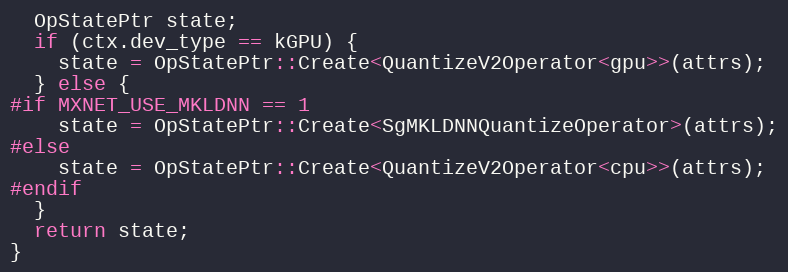
Language: C++
  OpStatePtr state;
  if (ctx.dev_type == kGPU) {
    state = OpStatePtr::Create<QuantizeV2Operator<gpu>>(attrs);
  } else {
#if MXNET_USE_MKLDNN == 1
    state = OpStatePtr::Create<SgMKLDNNQuantizeOperator>(attrs);
#else
    state = OpStatePtr::Create<QuantizeV2Operator<cpu>>(attrs);
#endif
  }
  return state;
}